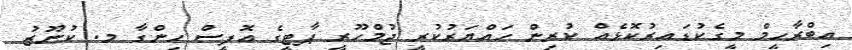
އިބްރާހީމް މީގެކުޑައިރުކޮޅެއް ކުރިން ހައްޔަރުކުރީ ޖުމްހޫރީ ޕާޓީގެ އޮފީސް ހިންގާ މ. ކުނޫޒު